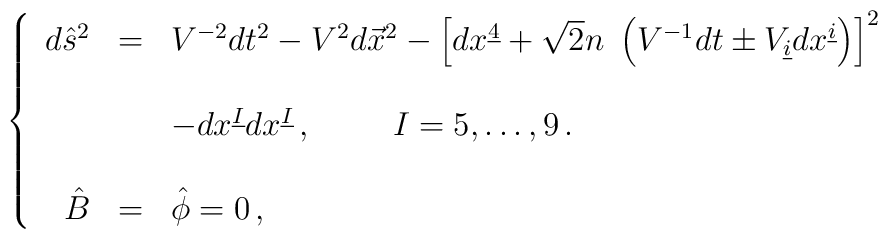
\left\{\begin{array}{rcl}d\hat{s}^{2} & = & V^{-2}dt^{2} -V^{2}d\vec{x}^{2}-\left[ dx^{\underline{4}}+\sqrt{2}n\ \left( V^{-1}dt \pm V_{\underline{i}}dx^{\underline{i}}\right) \right]^{2}\\& & \\& &-dx^{\underline{I}} dx^{\underline{I}}\, ,\hspace{1cm} I=5,\ldots,9\, .\\& & \\\hat{B} & = & \hat{\phi} = 0\, ,\\\end{array}\right.